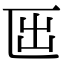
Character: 𠥱